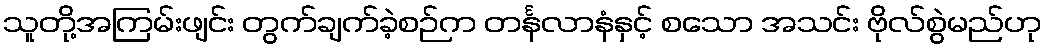
သူတို့အကြမ်းဖျင်း တွက်ချက်ခဲ့စဉ်က တင်္နလာနံနှင့် စသော အသင်း ဗိုလ်စွဲမည်ဟု